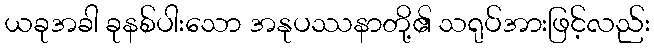
ယခုအခါ ခုနစ်ပါးသော အနုပဿနာတို့၏ သရုပ်အားဖြင့်လည်း